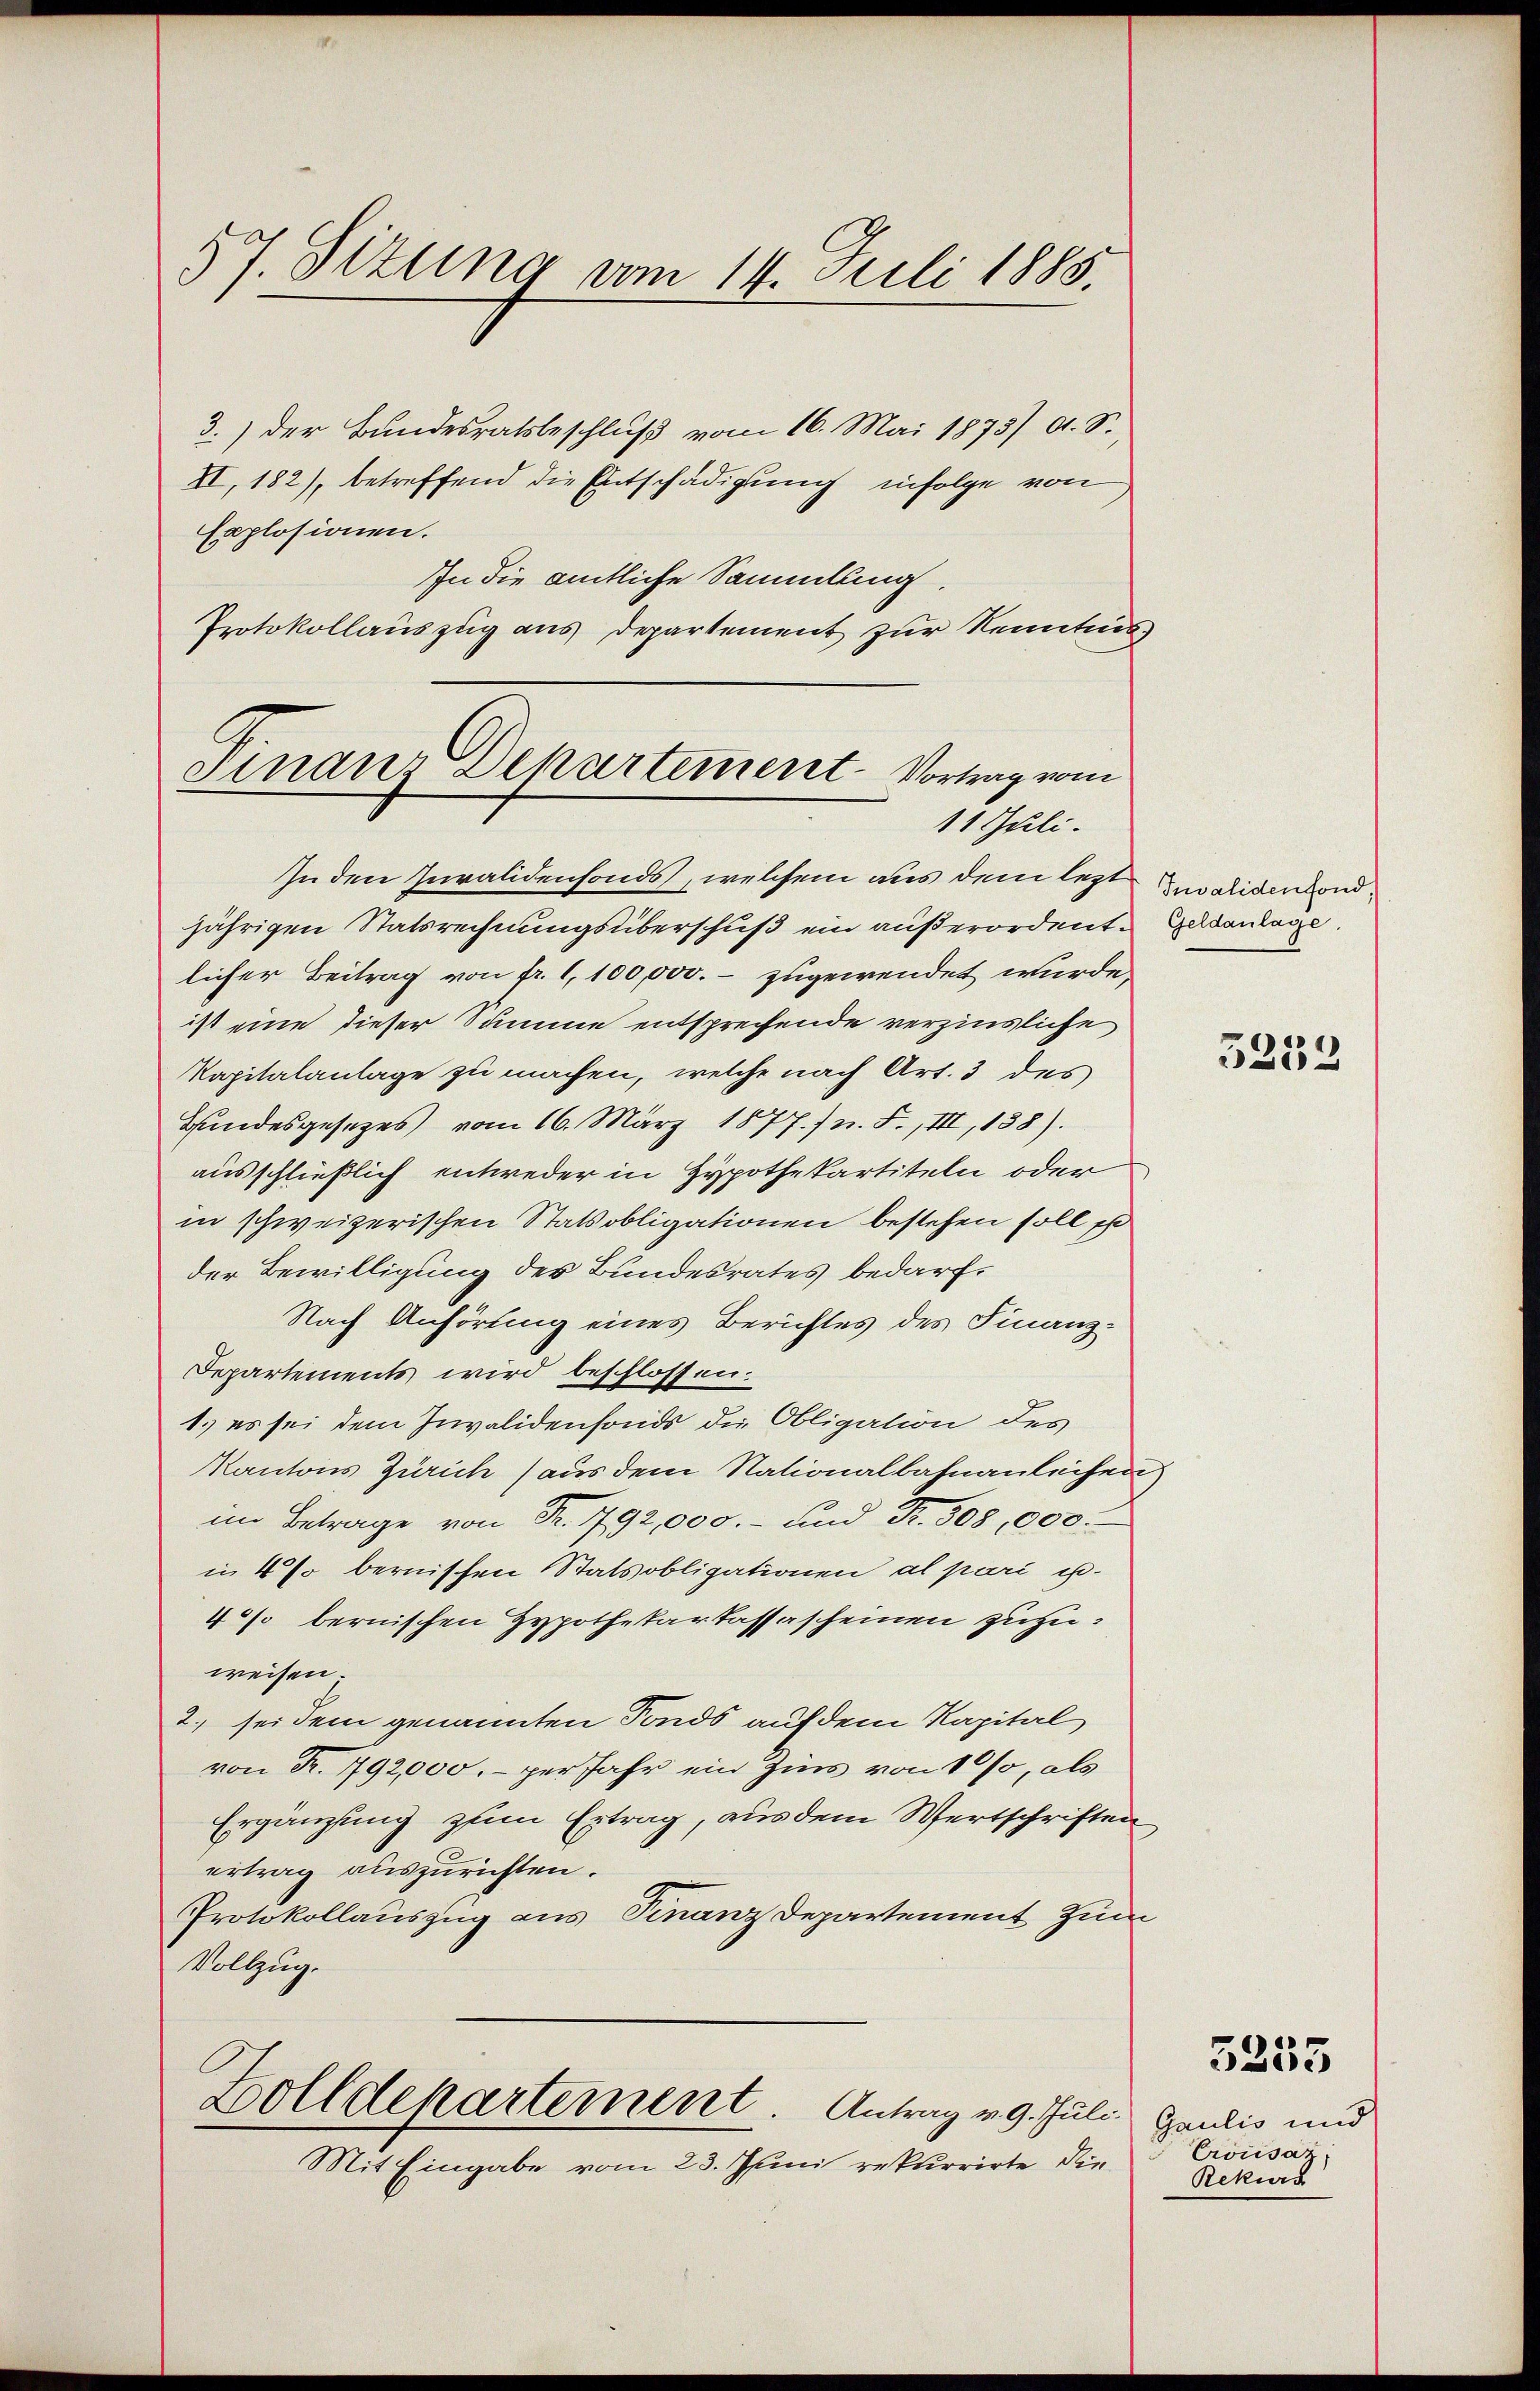
57. Situng vom 14. Juli 1888.

3.) Der Bundesratsbeschluß vom 16. Mai 1873/ d. S.
II, 182), betreffend die Entschädigung infolge von
Explosionen.
In die amtliche Sammlung
Protokollauszug aus Departement zur Kenntnis

Finanz Dehartement. Vortrag vom
11 Juli.

In den Invalidenfonds, welchem aus dem letzt Zusaliden sond
jährigen Statsrechnungsüberschuß ein außerordente Geldanlage.
licher Beitrag von fr. 1, 100,000.- zugewendet wurde.
ist eine dieser Summe entsprechende verzinsliche
Kapitalanlage zu machen, welche nach Art. 3 des
Hundesgesetzes vom 16. März 1877./ n. F., III, 138).
ausschließlich entweder in Hypothekartiteln oder
in schweizerischen Statsobligationen bestehen soll e
der Bewilligung des Bundesrates bedarf,
Nach Anhörung eines Berichtes des Finanz¬
Departements wird beschlossen.
1.) es sei dem Invalidenfonds die Obligation des
Kantons Zürich (aus dem Nationalbahnanleihen
im Betrage von Fr. 792,000.- und Fr. 308,000.
in 4 % bernischen Statsobligationen al pari u.
4% bernischen Hypothekarkassascheinen zuzuweisen.
2.) sei dem genannten Fonds auf dem Kapital
von Fr. 792,000.- per Jahr ein Zins von 10 so, als
Ergänzung zum Ertrag, aus dem Wertschriften
ertrag auszurichten.
Protokollauszug aus Finanz Departement zum
Vollzug.
Zolldepartement. Antrag v. 9. Juli Gaudis und
Mit Eingabe vom 23. Junii rekurrirte die

5233

3255

Crousaz
Rekurs